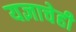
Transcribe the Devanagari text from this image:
यज्ञाचेही